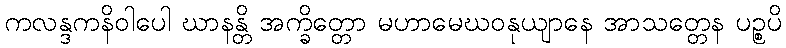
ကလန္ဒကနိဝါပေါ ဃာနန္တိ အက္ခိတ္တော မဟာမေဃဝနုယျာနေ အာသတ္တေန ပဉ္စပိ